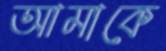
আমাকে